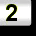
Digit: 2